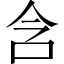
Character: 含